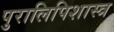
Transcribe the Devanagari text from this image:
पुरालिपिशास्त्र